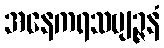
အနေကရသဗျဉ္ဇနံ